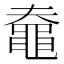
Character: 𪓗